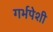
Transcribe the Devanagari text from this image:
गर्भपेशी